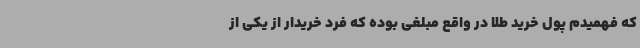
که فهمیدم پول خرید طلا در واقع مبلغی بوده که فرد خریدار از یکی از